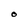
Character: 0